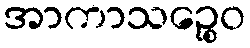
အာကာသဉ္စေဝ